Statistics of inoculations with Haffkine's anti-plague vaccine 1897-1900
Year: 1897
Disease focus: Plague
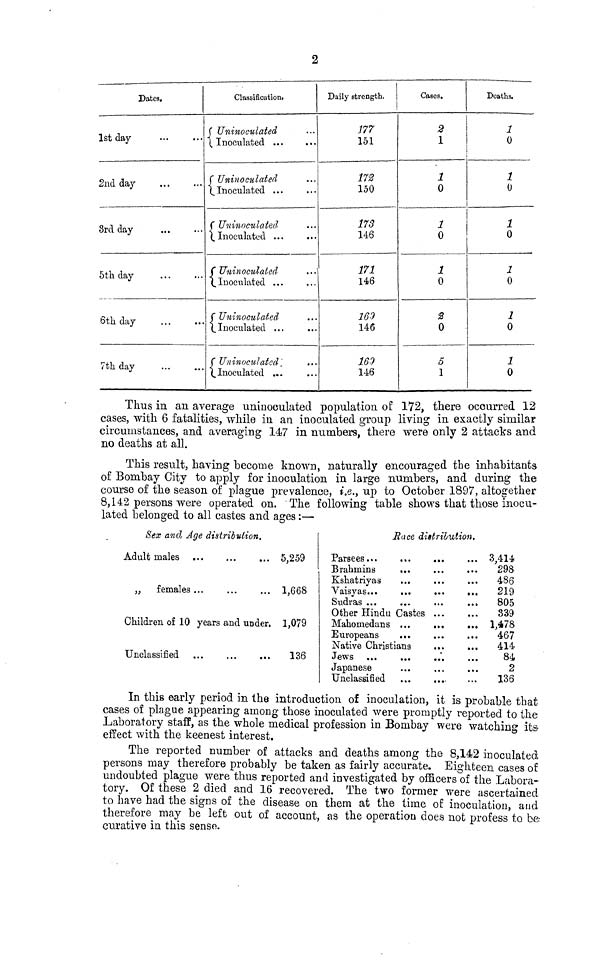
Dates.
1st day...
2nd
day...
3rd day...
5th day...
6th day...
7th day...
2
Classification.
(Uninoculated
( Inoculated ...
( Uniiioculcitcd
···
( Inoculated ...
( Uninoculated
( Inoculated ...
( Uninoculated
( Inoculated ...
( Uninoculated
( Inoculated ...
( Uninoculatcd
( Inoculated ...
Daily strength.
177
151
172
150
173
146
171
146
169
146
169
146
Cases.
2
1
1
0
1
0
1
0
2
0
5
1
Deaths.
1
0
1
0
1
0
1
0
1
0
1
0
Thus in an average Uninoculated population of 172, there occurred 12
cases, with 6 fatalities, while in an inoculated group living in exactly similar
circumstances, and averaging 147 in numbers, there were only 2 attacks and
no deaths at all.
This result, having "become known, naturally encouraged the inhabitants
of Bombay City to apply for inoculation in large numbers, and during the
course of the season of plague prevalence, i.e., up to October 1897, altogether
8,142 persons were operated on. The following table shows that those inocu-
lated belonged to all castes and ages :—
Sex and Age distribution.
Adult males... ... ...
,, females ... ... ...
Children of 10 years and under.
Unclassified ...
...
...
5,259
1,668
1,079
136
Race distrilution.
Brahmins ... ... ...
Kshatriyas ... ... ...
Other Hindu Castes ... ... ...
Mahomedans ...
...
...
Europeans
...
...
...
Native Christians ... ... ...
Japanese ... ... ...
Unclassified
...
...
3,4144
298
486
219
805
839
1,478
467
414
84
2
136
In this early period in the introduction of inoculation, it is probable that
cases of plague appearing among those inoculated were promptly reported to the
Laboratory staff, as the whole medical profession in Bombay were watching its
effect with the keenest interest.
The reported number of attacks and deaths among the 8,142 inoculated
persons may therefore probably be taken as fairly accurate. Eighteen cases of
undoubted plague were thus reported and investigated by officers of the Labora-
tory. Of these 2 died and 16 recovered. The two former were ascertained
to have had the signs of the disease on them at the time of inoculation, and
therefore may be left out of account, as the operation does not profess to be·
curative in this senso.